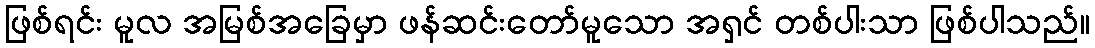
ဖြစ်ရင်း မူလ အမြစ်အခြေမှာ ဖန်ဆင်းတော်မူသော အရှင် တစ်ပါးသာ ဖြစ်ပါသည်။